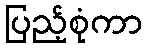
ပြည့်စုံကာ